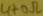
Text: 470Ω